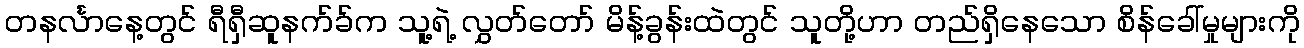
တနင်္လာနေ့တွင် ရီရှီဆူနက်ခ်က သူ့ရဲ့ လွှတ်တော် မိန့်ခွန်းထဲတွင် သူတို့ဟာ တည်ရှိနေသော စိန်ခေါ်မှုများကို